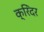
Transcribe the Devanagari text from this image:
क्रिंदर